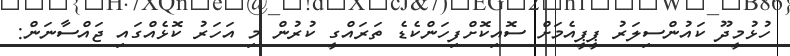
ހުޅުމީދޫ ކައުންސިލަރު ޕީޕީއެމަށް ސޮއިކޮށްފިހަންކެޑެ ތަރައްގީ ކުރުން މި އަހަރު ކޮޅެއްގައި ޖައްސާނަން: